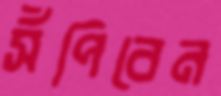
সঁপিবেন